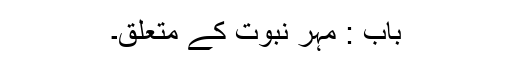
باب : مہر نبوت کے متعلق۔